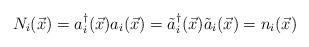
LaTeX: \begin{align*}N_i({\vec x})=a_i^\dagger({\vec x})a_{i}({\vec x})={\tilde a}_i^\dagger({\vec x}){\tilde a}_{i}({\vec x})=n_i({\vec x})\end{align*}